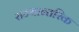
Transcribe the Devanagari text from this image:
राज्यान्तरिक